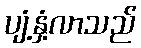
ပျံ့နှံ့လာသည်